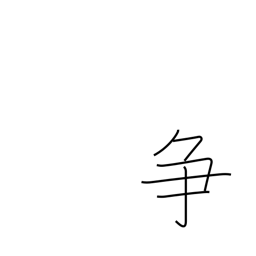
Meaning: contend